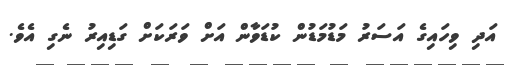
އަދި ވިހައިގެ އަސަރު މަޑުމަޑުން ކުޑަވާން އަށް ވަރަކަށް ގަޑިއިރު ނެގި އެވެ.